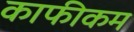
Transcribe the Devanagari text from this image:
काफीकम